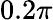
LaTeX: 0.2\pi